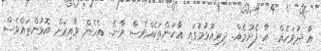
އާ ދުވަހެއް.. އާ ފެށުމެއް.. ދިރިއުޅުމުގައި އާކަންތަކެއްވެސް ވާނެ.. އެހެން ވާއިރަށް އޮޅުންތައްވެސް